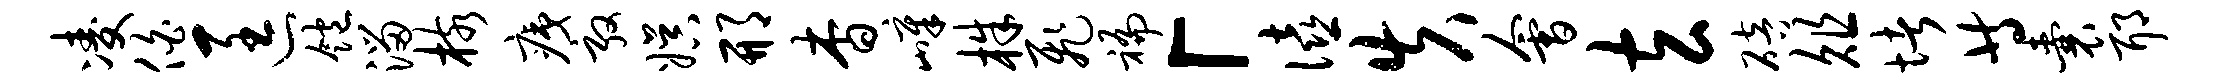
凌伯匡饱溜核痍敦娱邢杳嶂株飞褊「僖失会玄碚俎堵等囊耶